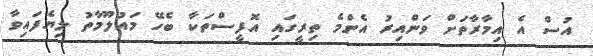
އުސް އެ އިމާރާތަށް ވަންއިރު އެންމެ ތިރީގައި އޮފީސްތަކާ ބެހޭ މައުލޫމާތު ލިޔެފައިވާ